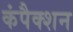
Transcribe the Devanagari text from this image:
कंपैक्शन